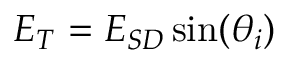
E _ { T } = E _ { S D } \sin ( \theta _ { i } )